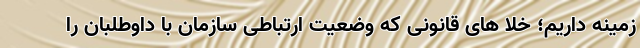
زمینه داریم؛ خلا های قانونی که وضعیت ارتباطی سازمان با داوطلبان را